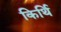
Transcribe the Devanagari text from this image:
किर्थि